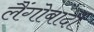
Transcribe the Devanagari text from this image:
लैंगोबार्दी